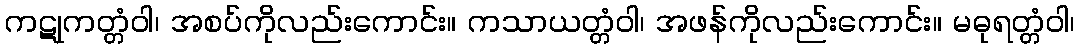
ကဋုကတ္တံဝါ၊ အစပ်ကိုလည်းကောင်း။ ကသာယတ္တံဝါ၊ အဖန်ကိုလည်းကောင်း။ မဓုရတ္တံဝါ၊